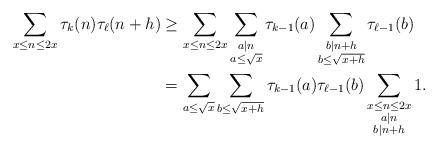
LaTeX: \begin{align*} \sum_{x \le n \le 2x} \tau_k(n) \tau_{\ell}(n+h) & \ge \sum_{x \le n \le 2x} \sum_{\substack{a \mid n \\ a \le \sqrt{x}}} \tau_{k-1}(a) \sum_{\substack{b \mid n+h \\ b \le \sqrt{x+h}}} \tau_{\ell-1}(b) \\& = \sum_{a \le \sqrt{x}} \sum_{b \le \sqrt{x+h}} \tau_{k-1}(a) \tau_{\ell-1}(b) \sum_{\substack{x \le n \le 2x \\ a \mid n \\ b \mid n+h}} 1.\end{align*}